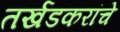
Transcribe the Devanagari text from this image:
तर्खडकरांचे